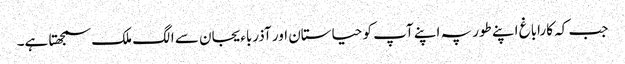
جب کہ کاراباغ اپنے طور پہ اپنے آپ کو حیاستان اور آذرباءیجان سے الگ ملک سمجھتا ہے۔